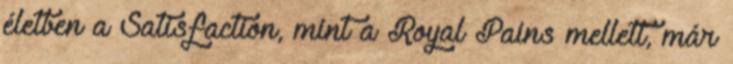
életben a Satisfaction, mint a Royal Pains mellett, már